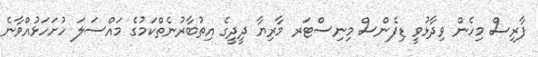
ފާރިސް މިހެން ވިދާޅުވީ ޑިފެންސް މިނިސްޓަރ މާރިޔާ ދީދީގެ އިތުބާރުނެތްކަމުގެ މައްސަލަ ހުށަހަޅުއްވާނެ